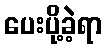
ပေးပို့ခဲ့ရာ